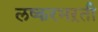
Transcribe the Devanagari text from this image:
लष्करभऱती